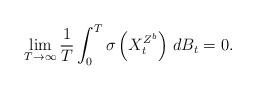
LaTeX: \begin{align*}\lim_{T\rightarrow\infty}\frac{1}{T}\int_0^T \sigma \left(X_t^{Z^{b}}\right)\,dB_{t}=0.\end{align*}